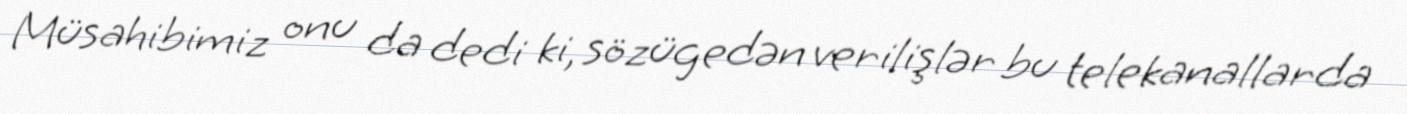
Müsahibimiz onu da dedi ki, sözügedən verilişlər bu telekanallarda